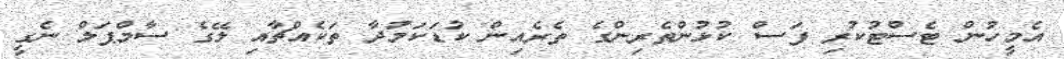
އެމީހުން ޓެސްޓުކުރި ފަސް ކުޅުންތެރިންގެ ތެރެއިން ކުޑަކަމުދާ ތަކެއްޗާއި ލޭގެ ސާމްޕަލް ނެގީ